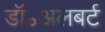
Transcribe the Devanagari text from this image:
डॉ॰अलबर्ट